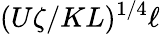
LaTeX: (U\zeta/KL)^{1/4}\ell